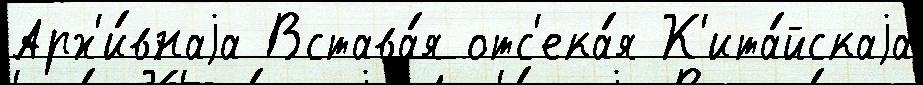
Арх'и́внаjа Встава́я отс'ека́я К'ита́йскаjа